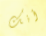
أنك